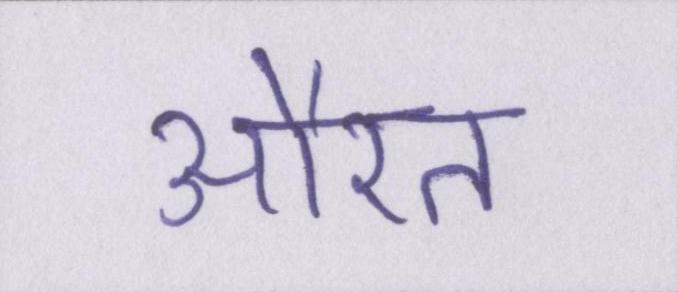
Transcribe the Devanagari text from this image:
औरत